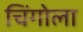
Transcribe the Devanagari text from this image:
चिंगोला